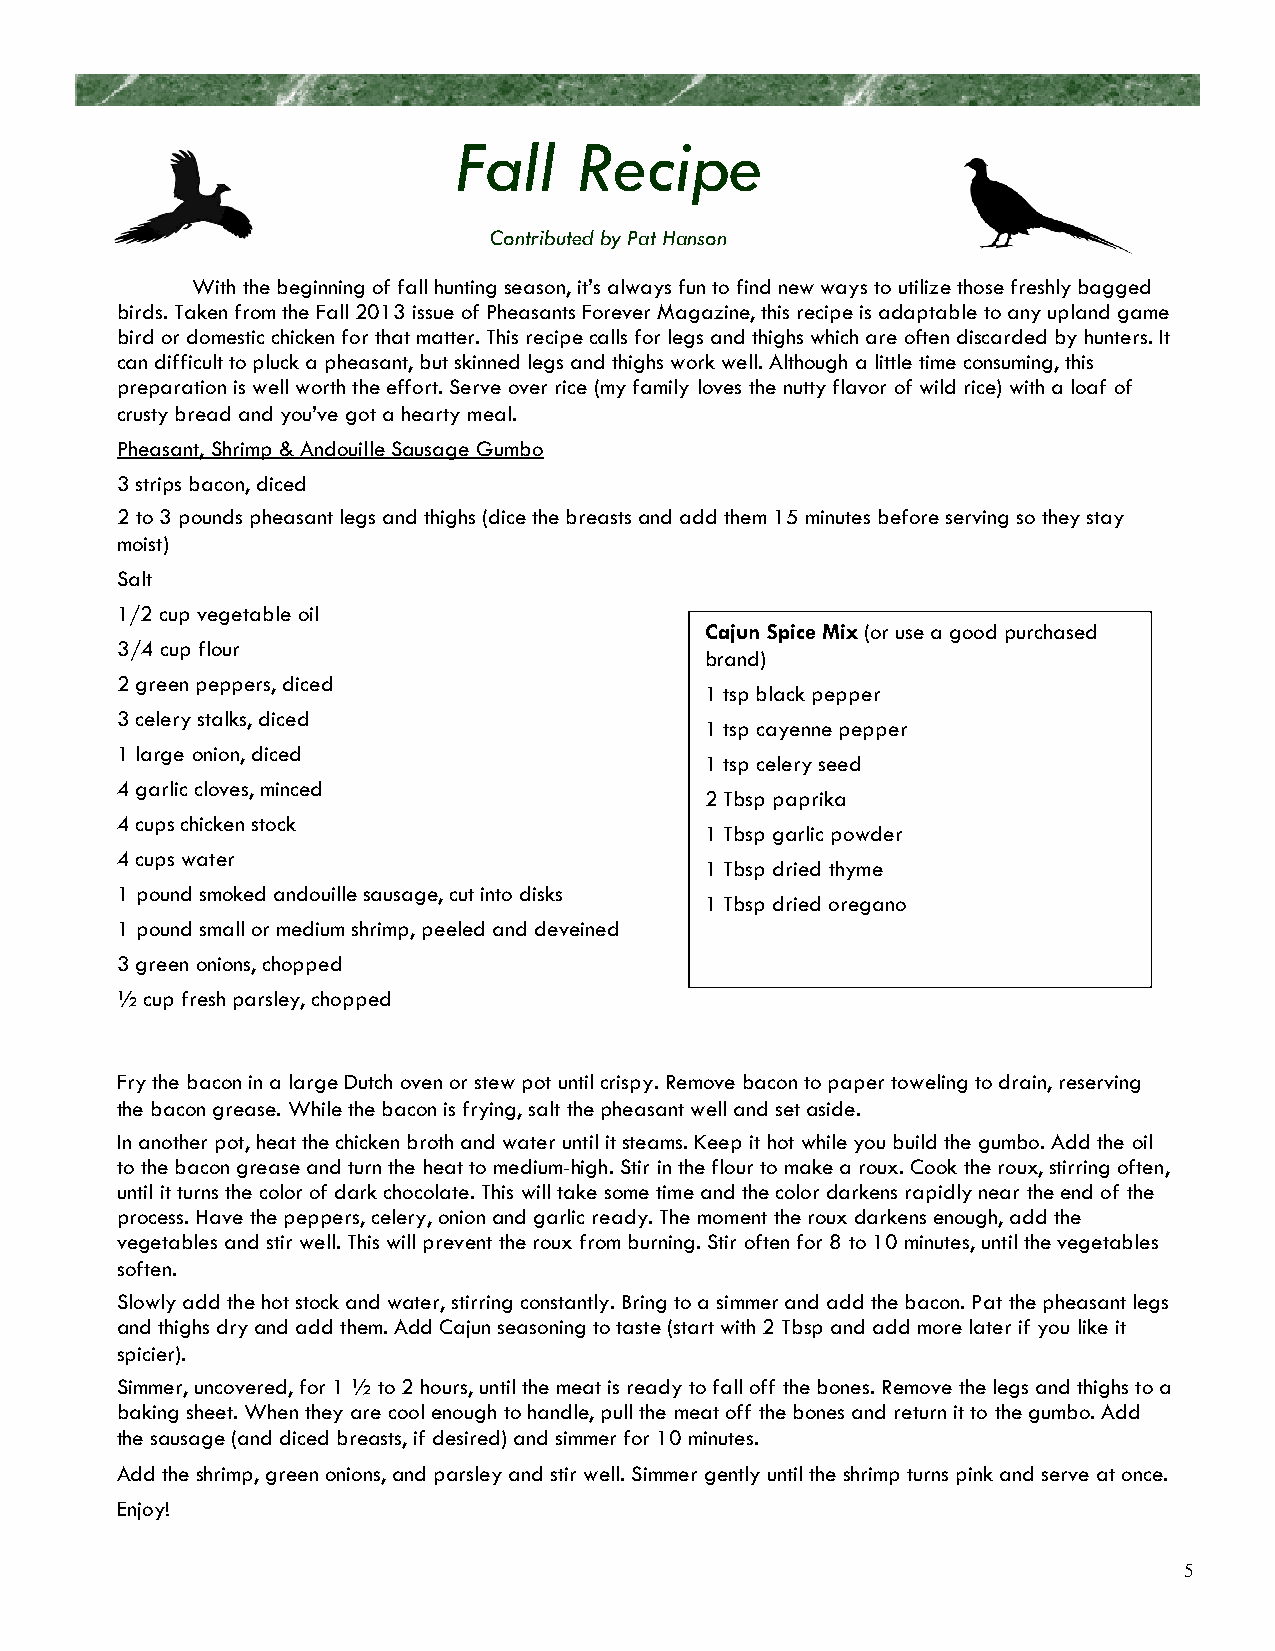
Fall    Recipe
 Contributed by Pat Hanson
 With the beginning of fall hunting season, it’s always fun to find new ways to utilize those freshly bagged
 birds. Taken from the Fall 2013 issue of Pheasants Forever Magazine, this recipe is adaptable to any upland game
 bird or domestic chicken for that matter. This recipe calls for legs and thighs which are often discarded by hunters. It
 can difficult to pluck a pheasant, but skinned legs and thighs work well. Although a little time consuming, this
 preparation is well worth the effort. Serve over rice (my family loves the nutty flavor of wild rice) with a loaf of
 crusty bread and you’ve got a hearty meal.
 Pheasant, Shrimp & Andouille Sausage Gumbo
 3 strips bacon, diced
 2 to 3 pounds pheasant legs and thighs (dice the breasts and add them 15 minutes before serving so they stay
 moist)
 Salt
 1/2 cup vegetable oil
 Cajun Spice Mix (or use a good purchased
 3/4 cup flour
 brand)
 2 green peppers, diced
 1 tsp black pepper
 3 celery stalks, diced
 1 tsp cayenne pepper
 1 large onion, diced
 1 tsp celery seed
 4 garlic cloves, minced
 2 Tbsp paprika
 4 cups chicken stock
 1 Tbsp garlic powder
 4 cups water
 1 Tbsp dried thyme
 1 pound smoked andouille sausage, cut into disks
 1 Tbsp dried oregano
 1 pound small or medium shrimp, peeled and deveined
 3 green onions, chopped
 ½ cup fresh parsley, chopped
 Fry the bacon in a large Dutch oven or stew pot until crispy. Remove bacon to paper toweling to drain, reserving
 the bacon grease. While the bacon is frying, salt the pheasant well and set aside.
 In another pot, heat the chicken broth and water until it steams. Keep it hot while you build the gumbo. Add the oil
 to the bacon grease and turn the heat to medium-high. Stir in the flour to make a roux. Cook the roux, stirring often,
 until it turns the color of dark chocolate. This will take some time and the color darkens rapidly near the end of the
 process. Have the peppers, celery, onion and garlic ready. The moment the roux darkens enough, add the
 vegetables and stir well. This will prevent the roux from burning. Stir often for 8 to 10 minutes, until the vegetables
 soften.
 Slowly add the hot stock and water, stirring constantly. Bring to a simmer and add the bacon. Pat the pheasant legs
 and thighs dry and add them. Add Cajun seasoning to taste (start with 2 Tbsp and add more later if you like it
 spicier).
 Simmer, uncovered, for 1 ½ to 2 hours, until the meat is ready to fall off the bones. Remove the legs and thighs to a
 baking sheet. When they are cool enough to handle, pull the meat off the bones and return it to the gumbo. Add
 the sausage (and diced breasts, if desired) and simmer for 10 minutes.
 Add the shrimp, green onions, and parsley and stir well. Simmer gently until the shrimp turns pink and serve at once.
 Enjoy!
 5